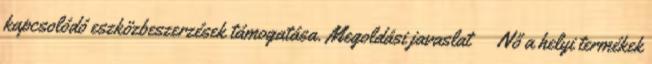
kapcsolódó eszközbeszerzések támogatása. Megoldási javaslat ▪Nő a helyi termékek